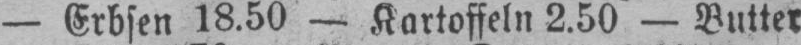
- Erbsen 18.50 - Kartoffeln 2.50 - Butter